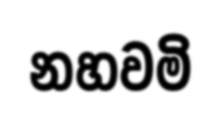
නහවමි